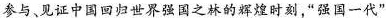
参与、见证中国回归世界强国之林的辉煌时刻，”强国一代”